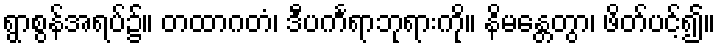
ရွာစွန်အရပ်၌။ တထာဂတံ၊ ဒီပင်္ကရာဘုရားကို။ နိမန္တေတွာ၊ ဖိတ်ပင့်၍။